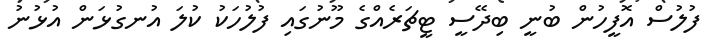
ފުލުސް އޮފީހުން ބުނީ ބިދޭސީ ޓީޗަރެއްގެ މޫނުގައި ފުލުހަކު ކުލަ އުނގުޅަން އުޅުނު